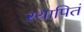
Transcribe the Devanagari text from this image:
स्थापितं